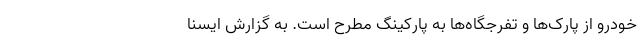
خودرو از پارک‌ها و تفرجگاه‌ها به پارکینگ مطرح است. به گزارش ایسنا